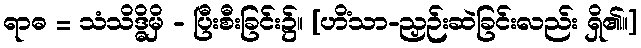
ရာဓ = သံသိဒ္ဓိမှိ - ပြီးစီးခြင်း၌။ [ဟိံသာ-ညှဉ်းဆဲခြင်းလည်း ရှိ၏။]